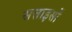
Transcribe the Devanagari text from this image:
सत्ताइसों